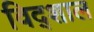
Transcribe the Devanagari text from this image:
विद्शाल